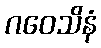
ဂဝေသိနံ